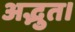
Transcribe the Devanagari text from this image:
अद्भुत।